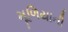
મૂળિયાની